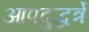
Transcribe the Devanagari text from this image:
आपदुद्धर्त्रे